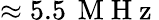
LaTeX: \approx 5.5\, \mathrm{~M~H~z~}